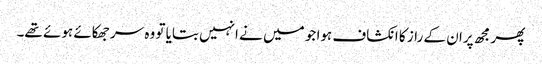
پھر مجھ پران کے راز کا انکشاف ہوا جو میں نے انہیں بتایا تو وہ سر جھکائے ہوئے تھے۔